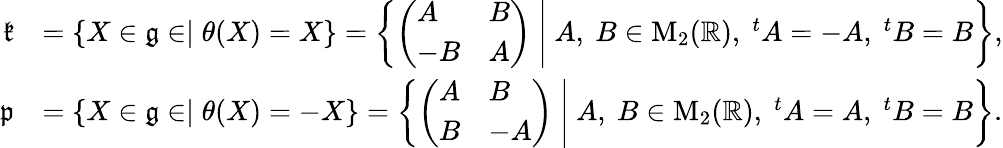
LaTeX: \begin{array}{rl}{{\mathfrak k}}&{=\{ X\in{\mathfrak g}\in\mid\theta(X)=X\} =\left\{ \left.\left(\begin{array}{ll}{A}&{B}\\ {-B}&{A}\end{array}\right)~\right|~A,~B\in\mathrm{M}_{2}({\mathbb R}),~^{t}A=-A,~^{t}B=B\right\} ,}\\ {{\mathfrak p}}&{=\{ X\in{\mathfrak g}\in\mid\theta(X)=-X\} =\left\{ \left.\left(\begin{array}{ll}{A}&{B}\\ {B}&{-A}\end{array}\right)~\right|~A,~B\in\mathrm{M}_{2}({\mathbb R}),~^{t}A=A,~^{t}B=B\right\} .}\end{array}